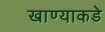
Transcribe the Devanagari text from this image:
खाण्याकडे